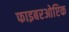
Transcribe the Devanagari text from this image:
फाइबरओप्टिक